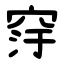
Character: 窏